Vital statistics of India. Vol. IV, Annual returns from 1871 to 1876. British Army of India, Native Army and jails of Bengal
Year: 1871
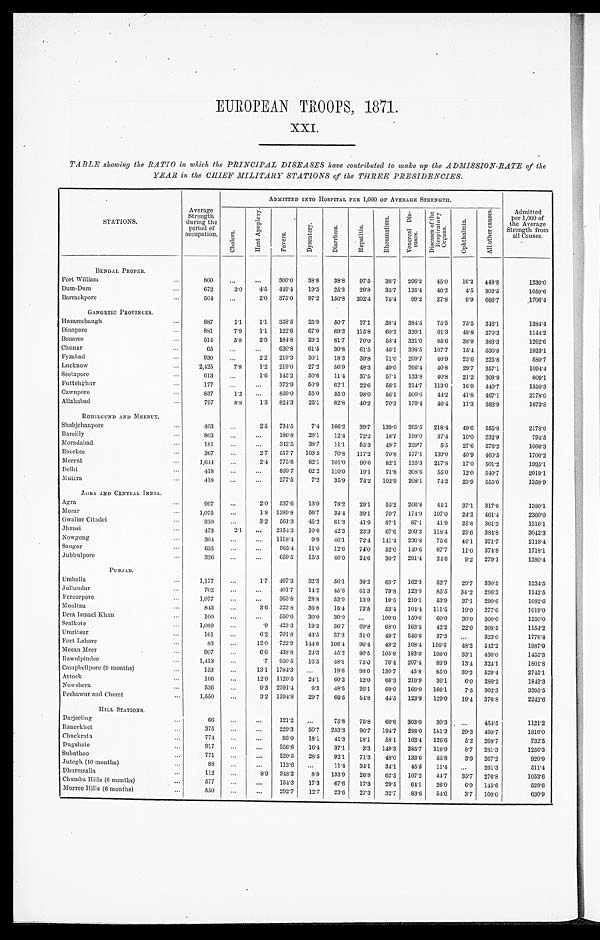
EUROPEAN TROOPS, 1871.
XXI.
TABLE showing the RATIO in which the PRINCIPAL DISEASES have contributed to make up the ADMISSION-RATE of the
YEAR in the CHIEF MILITARY STATIONS of the THREE PRESIDENCIES.
STATIONS.
Average
Strength
during the
period of
occupation.
ADMITTED INTO HOSPITAL PER 1,000 OF AVERAGE STRENGTH.
Admitted
per 1,000 of
the Average
Strength from
all Causes.
C h o l e r a .
H e a t A p o p l e x y .
F e v e r s .
D y s e n t e r y .
D i a r r h œ a .
H e p a t i t i s .
R h e u m a t i s m . V e n e r e a l D i s - e a s e s .
D i s e a s e s o f t h e R e s p i r a t o r y O r g a n s .
O p h t h a l m i a .
A l l o t h e r c a u s e s .
BENGAL PROPER.
Fort William
. . .
800
. . . ...
300. 0
38.8 38. 8 97. 5
38.7 206.2 45.0 16. 2 448.8
1230. 0
Dum-Dum
. . .
672
3.0 4.5 449. 4
19.3 25. 3 29. 8
35.7 135.4 40.2
4.5 303.5
1050. 6
Barrackpore
. . .
504
...
2.0 375. 0
97.2 150.8 202. 4
75.4 99.2 27.8
9.9 666.7
1706. 4
GANGETIC PROVINCES.
Hazareebaugh
. . .
887
1.1 1.1 358. 5
25.9 50. 7 27. 1
38.4 384.5 75.5 75.5 346.1
1384.4
Dinapore
. . .
881
7.9 1.1 122. 6
67.0 69. 2 115. 8
60.2 320.1 61.3 48.8 270.2
1144.2
Benares
. . .
514
5 . 8 3.9 184. 8
29.2 81. 7 70. 0
58.4 321.0 85.6 38.9 383.3
1262.6
Chunar
. . .
65
. . . ...
630. 8
61.5 30. 8 61. 5
46.1 338.5 107.7 15.4 630.8
1923. 1
Fyzabad
. . .
930
... 2.2 219. 3
30.1 18. 3 39. 8
71.0 209.7 40.9 23.6 225.8
880. 7
Lucknow
. . .
2,425
7.8 1.2 219. 0
27.2 56. 9 48. 3
40.0 266.4 40.8 29.7 357.1
1094.4
Seetapore
. . .
613
. . . 1.6 145-2 50.6 11. 4 37. 5
57.1 133.8 40.8 21.2 309.9
809. 1
Futtehghur
. . .
177
. . .
. . . 372. 9
50.9 62. 1 22. 6
56.5 214.7 113.0 16.9 440.7
1350.3
Cawnpore
. . .
837
1.2
. . . 859. 0
55.0 55. 0 98. 0
56.1 500.6 44.2 41.8 467.1
2178.0
Allahabad
. . .
797
8.8 1.3 824. 3
25.1 82. 8 40. 2
70.3 179.4 46.4 11.3 383.9
1673.8
ROHILCUND AND MEERUT.
Shahjehanpore
. . .
403
. . . 2.5 734. 5
7.4 166.2 39. 7 139.0 265.5 218*-1 49.6 555.8
2178.6
Barei l l y.
. . .
803
. . .
. . . 186. 8
26.1 12. 4 72. 2
18.7 198.0 37.4 10.0 232.9
794. 5
Moradabad
. . .
181
. . .
. . . 342. 5
38.7 11. 1 55. 3 49.7 259.7
5.5 27.6 276.2
1066.3
Roorkee
. . .
367 ...
2.7 517. 7 103.5 70.8 117.2 70.8 177.1 139.0 40.9 460.5
1700.2
Meerut
. . .
1,644 ...
2.4 775.6 82.1 101.0 90.6 82.1 125.3 217.8 17.0 501.2
1995. 1
Delhi
. . .
418
...
. . . 839.7 62.2 110.0 19.1 71.8 308.6 55.0 12.0 540.7
2019.1
Muttra
. . .
418
. . .
. . . 277.5 7.2 35.9 74.2 102.9 208.1 74.2 23.9 555.0
1358.9
AGRA AND CENTRAL INDIA.
Agra
. . .
997
... 2.0 537.6 13.0 78.2 29.1 55.2 266.8 44.1 37.1 317.0
1380.1
Morar
. . .
1,075 ...
1 . 8
1389.8 56.7 34.4 39.1 70.7 174.9 107.0 24.2 461.4
2360.0
Gwalior Citadel
. . .
310
... 3.2 561.3 45.2 61.3 41.9 87.1 87.1 41.9 25.8 361.3
1316.1
Jhansi
. . .
473
2.1
. . .2154.3 10.6 42.3 23.3 67.6 209.3 118.4 29.6 384.8
3042.3
Nowgong
. . .
304
. . .
. . .1118.4 9.9 46.1 72.4 141.4 236.8 75.6 46.1 371.7
2118.4
Saugor
. . .
635
. . .
. . .
965.4 11.0 12.6 74.0 52.0 149.6 67.7 11.0 374.8
1718.1
Jubbul pore
. . .
326
. . .
. . .
659.5 15.3 46.0 24.6 30.7 291.4 24.6 9.2 279.1
1380.4
P U N J A B .
Umballa
. . .
1,177
. . . 1.7 467.3 32.3 56.1 38.2 63.7 162.3 52.7 29.7 330.5
1234.5
Jullundur
. . .
702
. . .
. . .401.7 14.2 45.6 61.3 79.8 123.9 85.5 34.2 296.3
1142.5
Ferozepore
. . .
1,077
. . .
. . .
365.8 28.8 53.9 13.9 19.5 219.1 53.9 37.1 290.6
1082.6
Mooltan
. . .
843
. . .
3.6 323.8 36.8 15.4 73.5 53.4 104.4 111.5 19.0 277.6
1019.0
Dera Ismael Khan
. . .
100
. . .
. . .
550.0 30.0 30.0
. . . 100.0 150.0 60.0 30.0 300.0
1250.0
Sealkote
. . .
1,089
. . .
.9 423.3 19.3 36.7 69.8 68.0 163.5 42.2 22.0 308.5
1154.2
Umritsur
. . .
161
. . . 6.2 701.8 43.5 37.3 31.0 49.7 546.6 37.3
. . . 323.0
1776.4
Fort Lahore
. . .
83
. . . 12.0 722.9 144.6 108.4 96.4 48.2 108.4 156.6 48.2 542.2
1987.9
Meean Meer
. . .
907
. . .
6.6 438.8 24.3 45.2 80.5 105.8 183.0 108.0 33.1 430.0
1455.3
Rawul pi ndee
. . .
1,413
. . . .7 950.5 16.3 48.1 75.0 76.4 207.4 89.9 13.4 324.1
1801.8
Campbellpore (9 months)
. . .
153
. . . 13.1 1784.3 ...
19.6 98.0 130.7 45.8 85.0 39.2 529.4
2745.1
Attock
. . .
166
. . . 12.0 1120.5 24.1 60.2 12.0 66.3 216.9 36.1 6.0 289.2
1843.3
Nowshera
. . .
536
. . . 9.3 2591.4 9.3 48.5 26.1 69.0 166.0 166.1 7.5 302.3
3395.5
Peshawur and Cherat
. . .
1,550
. . . 3.2 1394.8 29.7 66.5 54.8 44.5 123.9 129.0 19.4 376.8
2242.6
HILL STATIONS.
Darjeeling
. . .
66
. . .
. . .
121.2 ...
75.8 75.8 60.6 303.0 30.3 . . .
454.5
1121.2
Raneekhet
. . .
375
. . .
. . .
229.3 50.7 253.3 90.7 194.7 288.0 181.3 29.3 498.7
1816.0
Chuckrata
. . .
774
. . .
. . . 93.0 18.1 41.3 18.1 58.1 103.4 126.6 5.2 268.7
732. 5
Dugshaie
. . .
917
. . . . . . 356.6 16.4 37.1 3.3 148.3 285.7 118.9 8.7 281.3
1256.3
Subathoo
. . .
771
. . .
. . .
220.5 28.5 92.1 71.3 48.0 133.6 55.8 3.9 267.2
920. 9
Jutogh (10 months)
. . .
8 8
. . . . . . 113.6
. . . 11.4 34.1 34.1 45.5 11.4 ...
261.3
511. 4
Dhurmsalla
. . .
112
. . . 8.9 348.2 8.9 133.9 26.8 62.5 107.2 44.7 35.7 276.8
1053.6
Chumba Hills (6 months)
. . .
577
. . .
. . .
154.3 17.3 67.6 17.3 29.5 64.1 26.0 6.9 145.6
528. 6
Murree Hills (6 months)
. . .
550
. . . . . . 292.7 12.7 23.6 27.3 32.7 83.6 54.6 3.7 100.0
630. 9